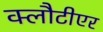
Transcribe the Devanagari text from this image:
क्लौटीएर